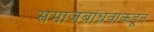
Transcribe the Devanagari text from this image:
समाजबांधवांकडून